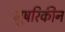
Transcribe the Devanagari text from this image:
मुषरिकीन